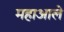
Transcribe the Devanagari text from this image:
महाआले